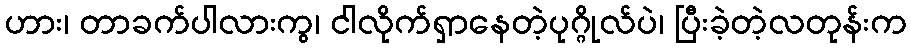
ဟား၊ တာခက်ပါလားကွ၊ ငါလိုက်ရှာနေတဲ့ပုဂ္ဂိုလ်ပဲ၊ ပြီးခဲ့တဲ့လတုန်းက